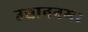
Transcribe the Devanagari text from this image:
उद्याननगर